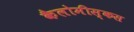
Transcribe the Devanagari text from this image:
कैलोमीस्कस